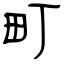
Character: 町